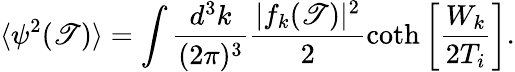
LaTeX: \langle\psi^{2}(\mathscr{T})\rangle=\int\frac{{d^{3}k}}{{(2\pi)^{3}}}\frac{{|f_{k}(\mathscr{T})|^{2}}}{{2}}\coth\left[\frac{{W_{k}}}{{2T_{i}}}\right].